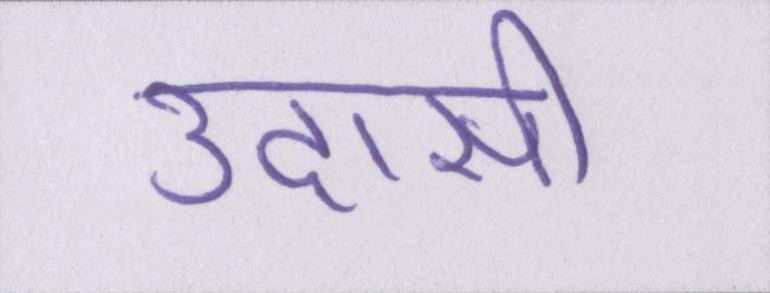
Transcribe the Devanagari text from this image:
उदासी